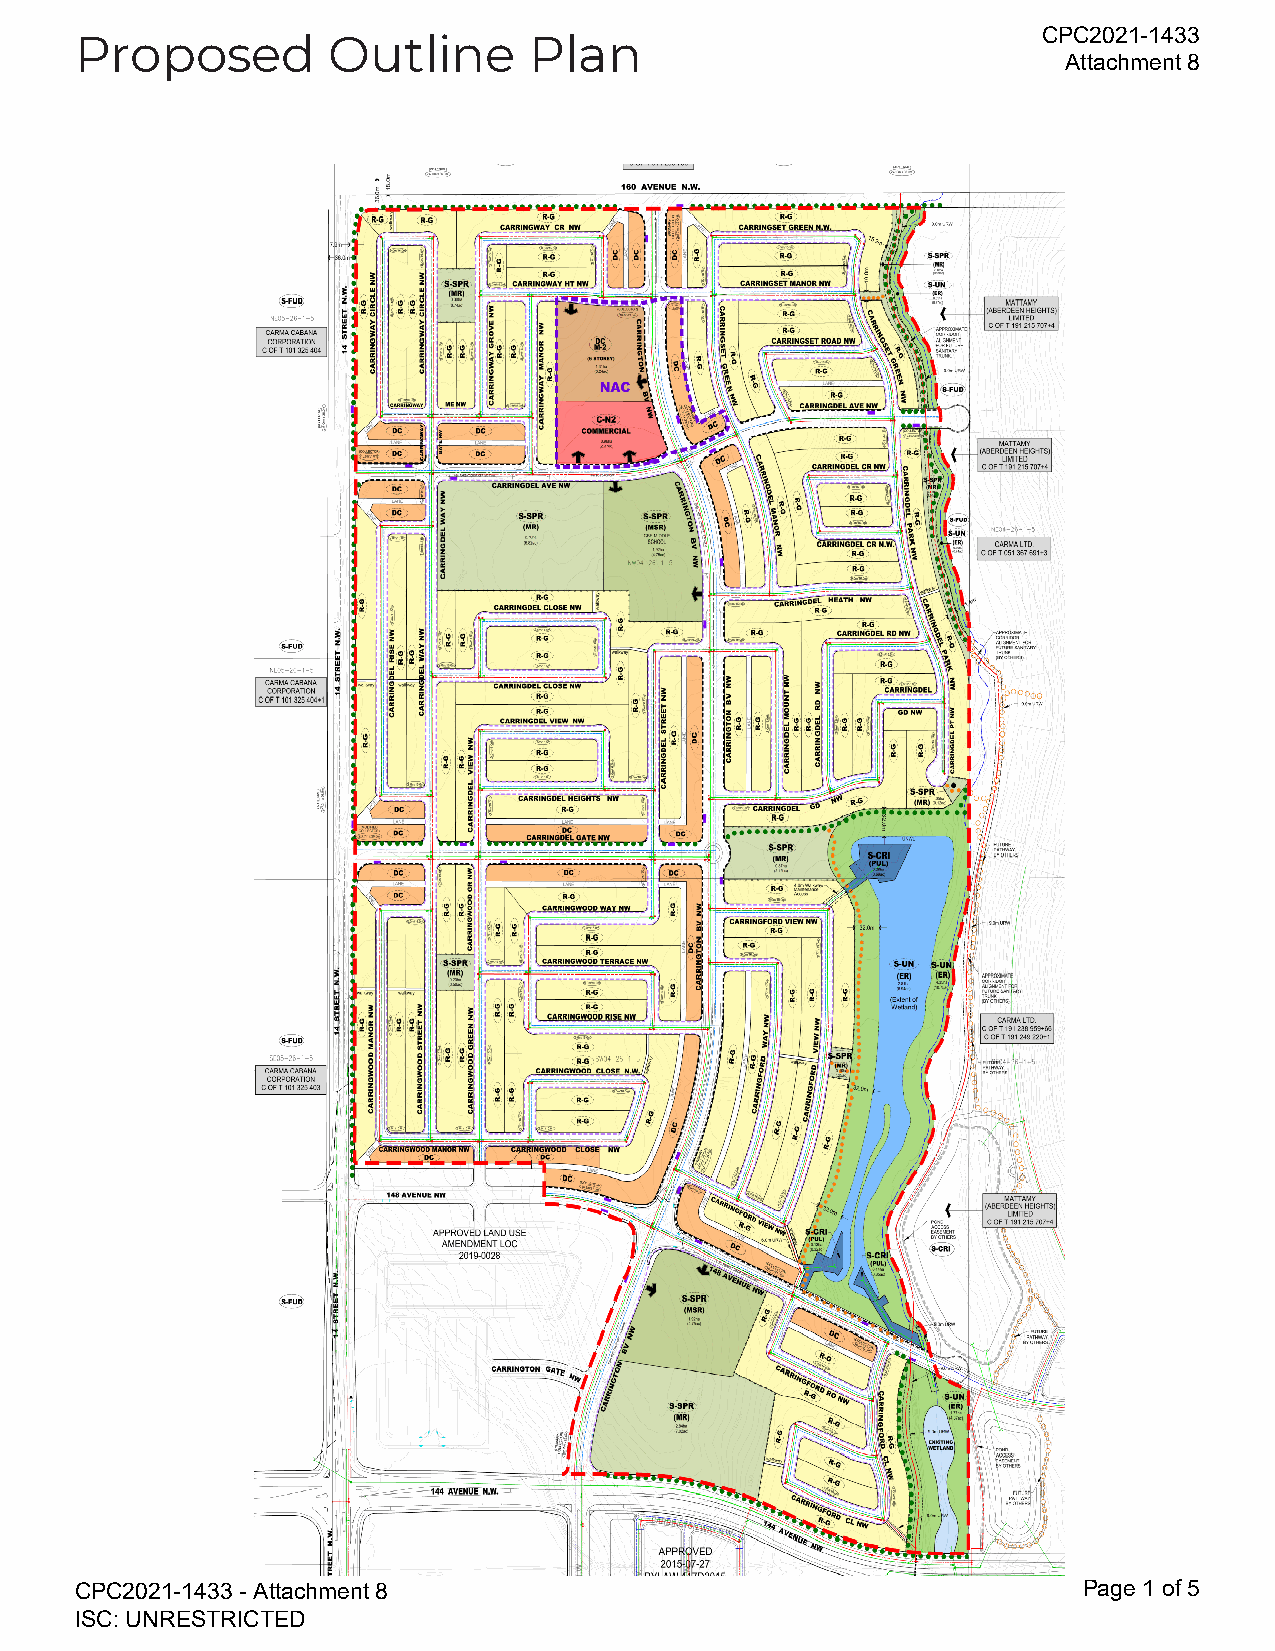
CPC2021-1433
 Proposed         Outline      Plan
 Attachment 8
 CPC2021-1433 - Attachment 8                                        Page 1 of 5
 ISC: UNRESTRICTED